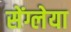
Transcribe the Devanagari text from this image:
सेंग्लेया